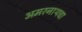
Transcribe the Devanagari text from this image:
अमरनाथचा